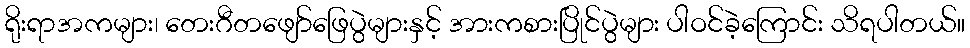
ရိုးရာအကများ၊ တေးဂီတဖျော်ဖြေပွဲများနှင့် အားကစားပြိုင်ပွဲများ ပါဝင်ခဲ့ကြောင်း သိရပါတယ်။